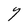
Character: Y